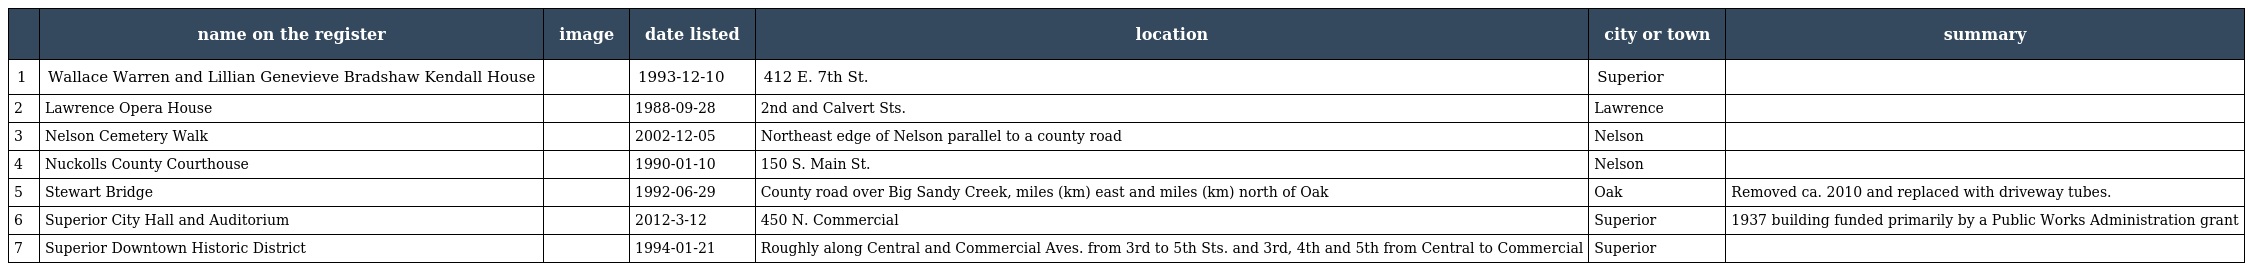
|  | name on the register | image | date listed | location | city or town | summary |
 | --- | --- | --- | --- | --- | --- | --- |
 | 1 | Wallace Warren and Lillian Genevieve Bradshaw Kendall House |  | 1993-12-10 | 412 E. 7th St. | Superior |  |
 | 2 | Lawrence Opera House |  | 1988-09-28 | 2nd and Calvert Sts. | Lawrence |  |
 | 3 | Nelson Cemetery Walk |  | 2002-12-05 | Northeast edge of Nelson parallel to a county road | Nelson |  |
 | 4 | Nuckolls County Courthouse |  | 1990-01-10 | 150 S. Main St. | Nelson |  |
 | 5 | Stewart Bridge |  | 1992-06-29 | County road over Big Sandy Creek, miles (km) east and miles (km) north of Oak | Oak | Removed ca. 2010 and replaced with driveway tubes. |
 | 6 | Superior City Hall and Auditorium |  | 2012-3-12 | 450 N. Commercial | Superior | 1937 building funded primarily by a Public Works Administration grant |
 | 7 | Superior Downtown Historic District |  | 1994-01-21 | Roughly along Central and Commercial Aves. from 3rd to 5th Sts. and 3rd, 4th and 5th from Central to Commercial | Superior |  |